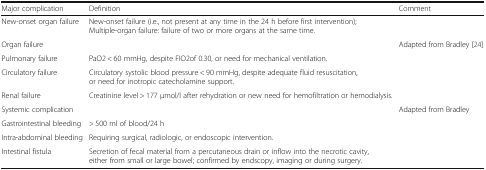
<table><thead><tr><td><b>Major complication</b></td><td><b>Definition</b></td><td><b>Comment</b></td></tr></thead><tbody><tr><td>New-onset organ failure</td><td>New-onset failure (i.e., not present at any time in the 24 h before first intervention); Multiple-organ failure: failure of two or more organs at the same time.</td><td></td></tr><tr><td>Organ failure</td><td></td><td>Adapted from Bradley [24]</td></tr><tr><td>Pulmonary failure</td><td>PaO2 &lt; 60 mmHg, despite FIO2of 0.30, or need for mechanical ventilation.</td><td></td></tr><tr><td>Circulatory failure</td><td>Circulatory systolic blood pressure &lt; 90 mmHg, despite adequate fluid resuscitation, or need for inotropic catecholamine support.</td><td></td></tr><tr><td>Renal failure</td><td>Creatinine level &gt; 177 μmol/l after rehydration or new need for hemofiltration or hemodialysis.</td><td></td></tr><tr><td>Systemic complication</td><td></td><td>Adapted from Bradley</td></tr><tr><td>Gastrointestinal bleeding</td><td>&gt; 500 ml of blood/24 h</td><td></td></tr><tr><td>Intra-abdominal bleeding</td><td>Requiring surgical, radiologic, or endoscopic intervention.</td><td></td></tr><tr><td>Intestinal fistula</td><td>Secretion of fecal material from a percutaneous drain or inflow into the necrotic cavity, either from small or large bowel; confirmed by endscopy, imaging or during surgery.</td><td></td></tr></tbody></table>